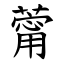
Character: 䔭